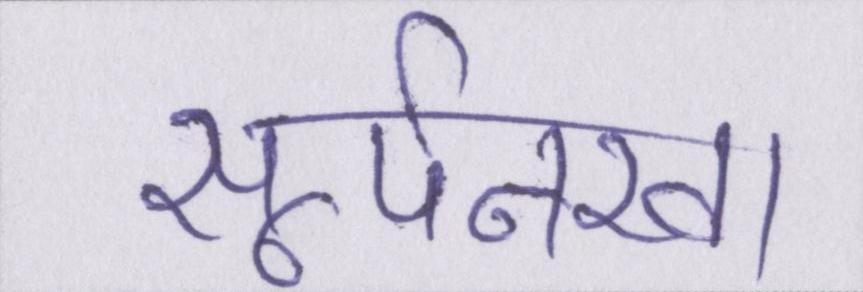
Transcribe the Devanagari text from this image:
सूर्पनखा